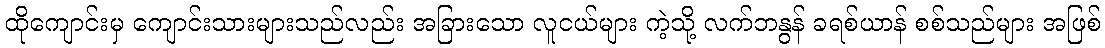
ထိုကျောင်းမှ ကျောင်းသားများသည်လည်း အခြားသော လူငယ်များ ကဲ့သို့ လက်ဘနွန် ခရစ်ယာန် စစ်သည်များ အဖြစ်